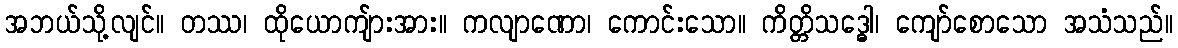
အဘယ်သို့လျင်။ တဿ၊ ထိုယောကျ်ားအား။ ကလျာဏော၊ ကောင်းသော။ ကိတ္တိသဒ္ဓေါ၊ ကျော်စောသော အသံသည်။